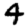
Digit: 4